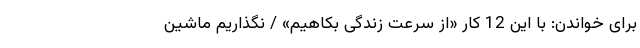
برای خواندن: با این 12 کار «از سرعت زندگی بکاهیم» / نگذاریم ماشین